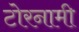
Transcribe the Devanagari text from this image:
टोरनामी